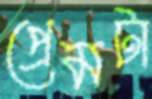
প্রেমটা